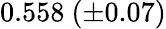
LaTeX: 0.558\ (\pm 0.07)